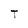
Character: T